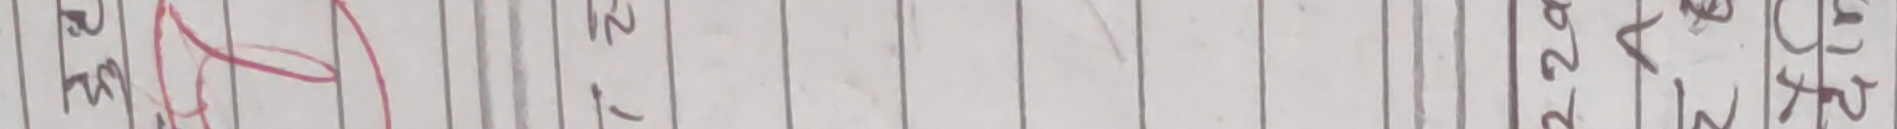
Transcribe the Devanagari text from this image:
रूट